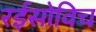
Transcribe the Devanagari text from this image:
रईसोविच